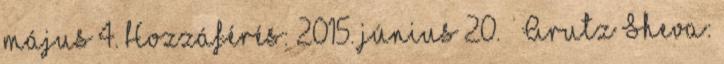
május 4. Hozzáférés: 2015. június 20. ↑ Arutz Sheva: